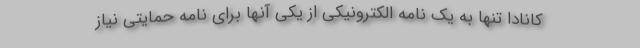
کانادا تنها به یک نامه الکترونیکی از یکی آنها برای نامه حمایتی نیاز